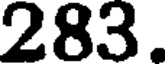
283.